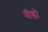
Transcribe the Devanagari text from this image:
नीडो